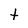
Character: t